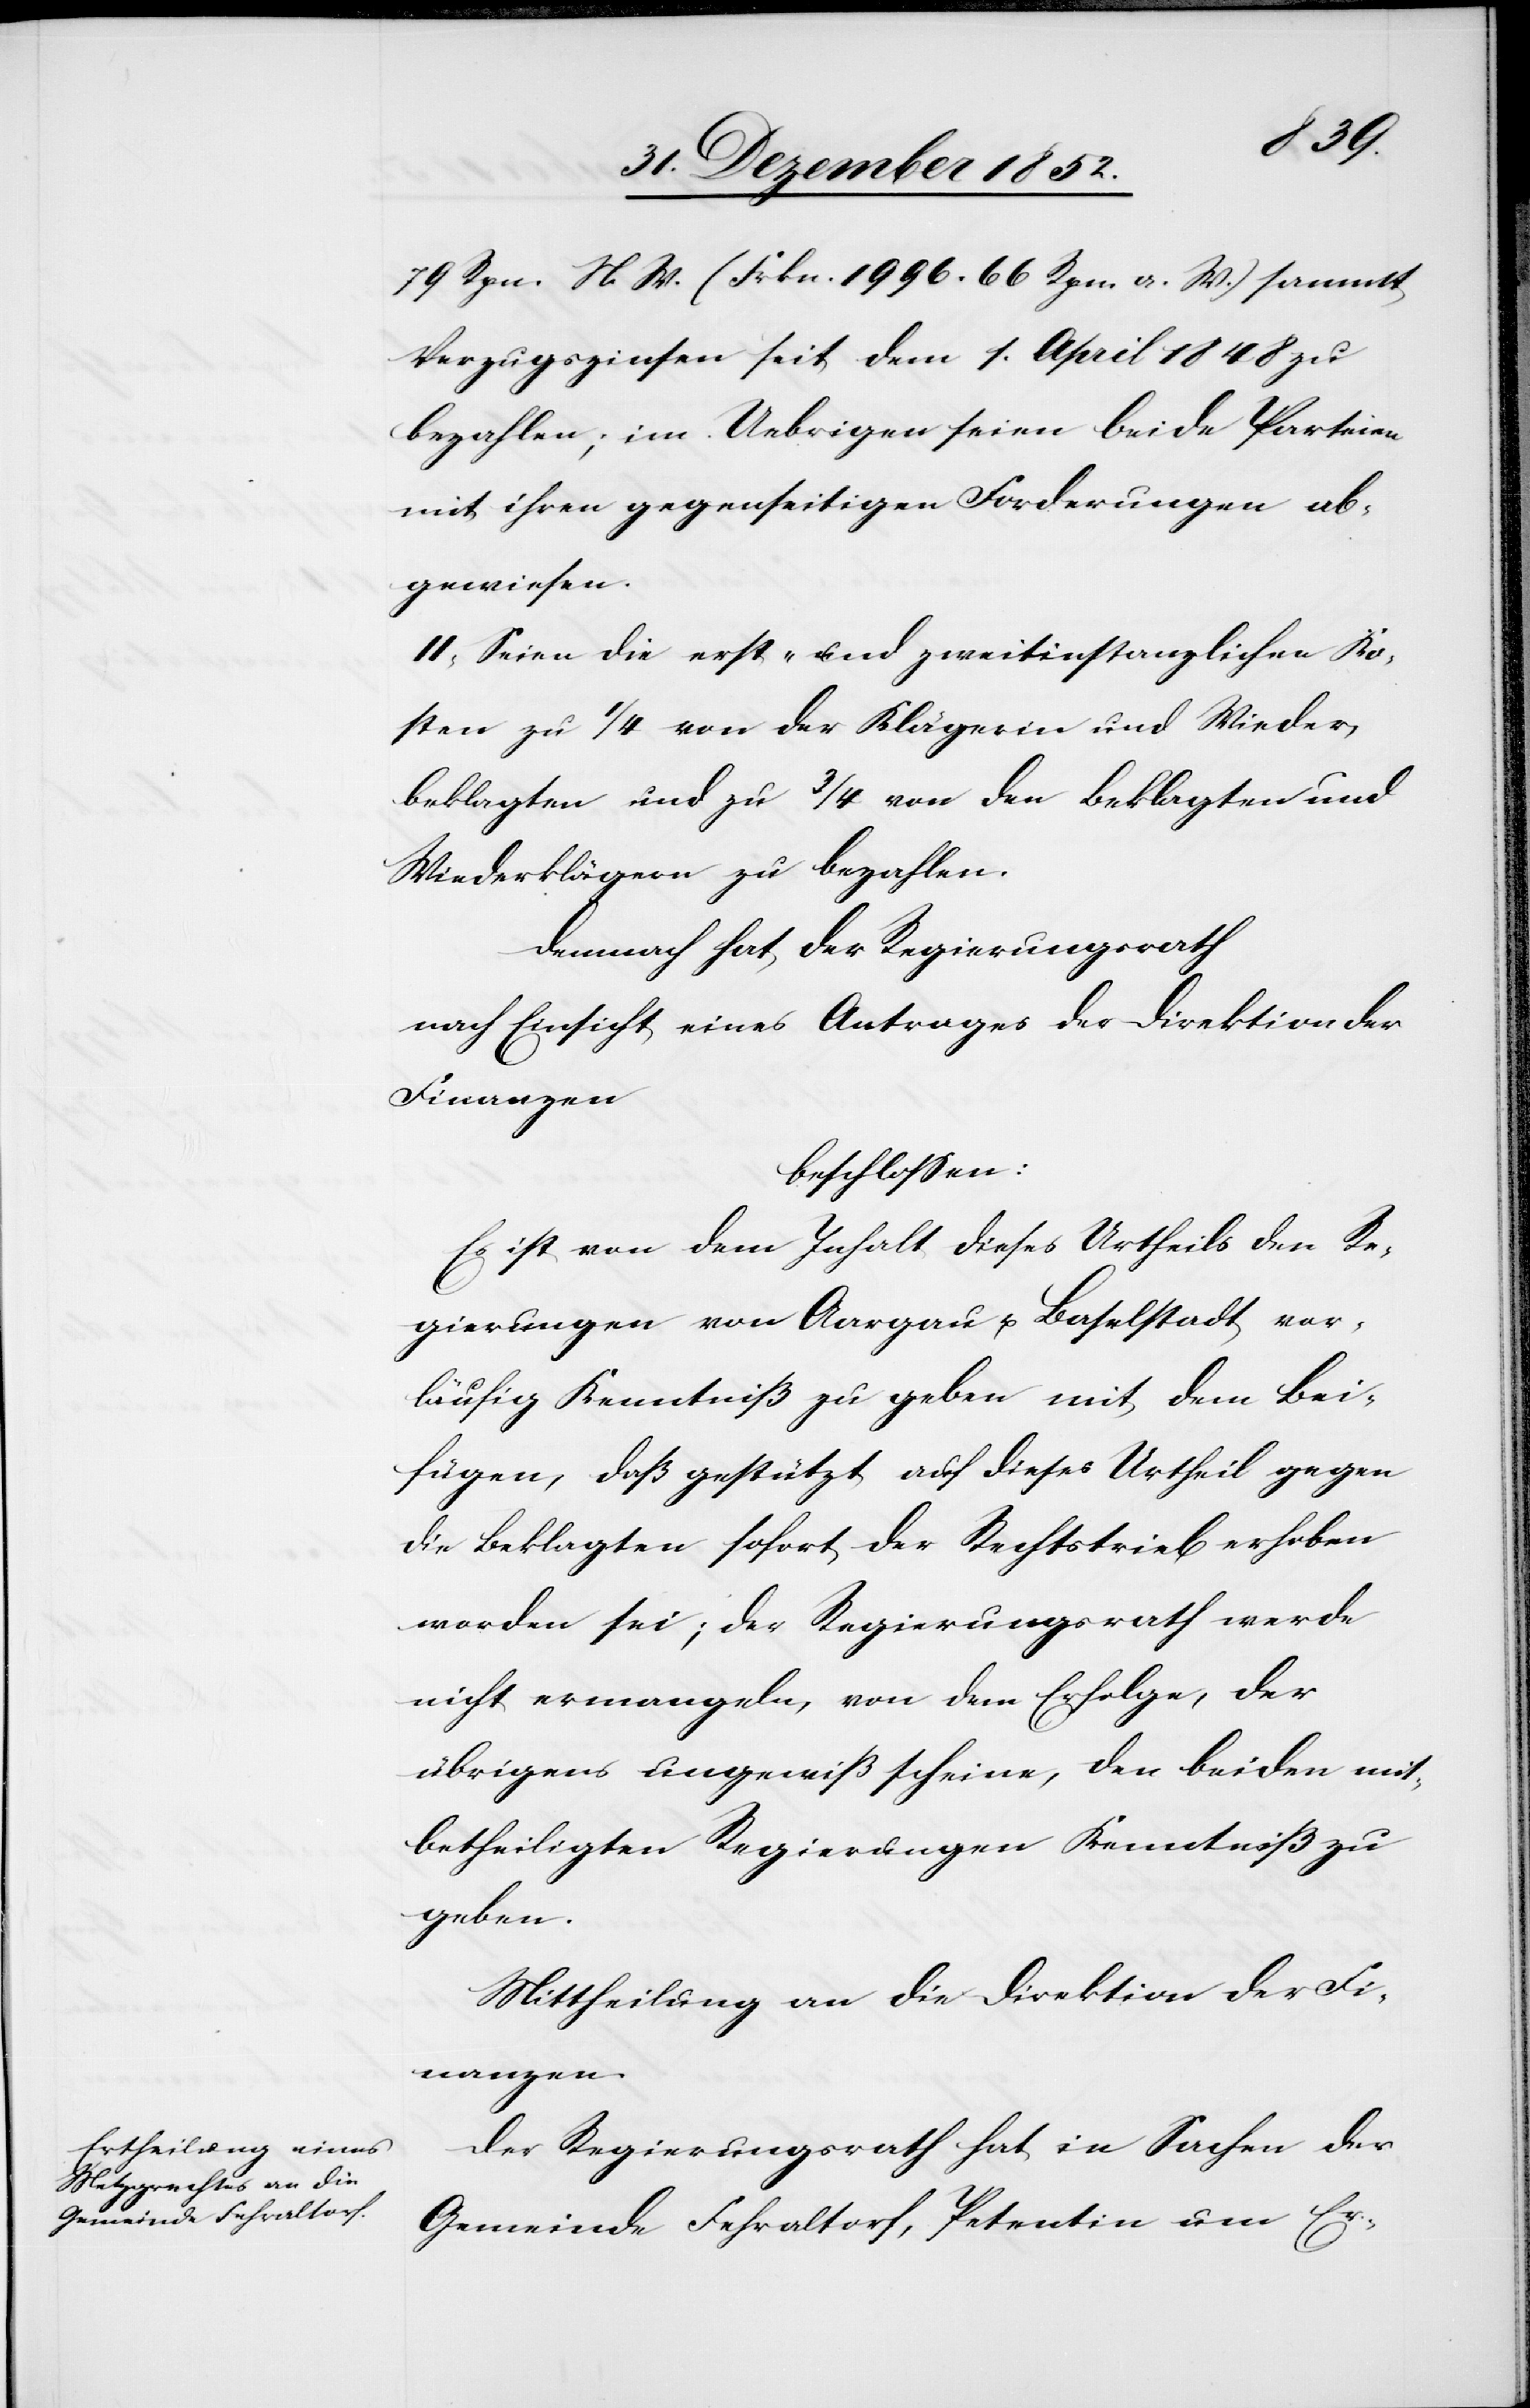
79 Rpn. N. W. (Frkn. 1996. 66 Rpn. a. W.) sammt
Verzugszinsen seit dem 1. April 1848 zu
bezahlen; im Uebrigen seien beide Parteien
mit ihren gegenseitigen Forderungen ab¬
gewiesen.
II, Seien die erst- und zweitinstanzlichen Ko¬
sten zu 1/4 von der Klägerin und Wieder¬
beklagten und zu 3/4 von den Beklagten und
Wiederklägern zu bezahlen.
Demnach hat der Regierungsrath
nach Einsicht eines Antrages der Direktion der
Finanzen
beschlossen:
Es ist von dem Inhalt dieses Urtheils den Re¬
gierungen von Aargau u. Baselstadt vor¬
läufig Kenntniß zu geben mit dem Bei¬
fügen, daß gestützt auf dieses Urtheil gegen
die Beklagten sofort der Rechtstrieb erhoben
worden sei; der Regierungsrath werde
nicht ermangeln, von dem Erfolge, der
übrigens ungewiß scheine, den beiden mit¬
betheiligten Regierungen Kenntniß zu
geben.
Mittheilung an die Direktion der Fi¬
nanzen.
Der Regierungsrath hat in Sachen der
Gemeinde Fehraltorf, Petentin um Er-